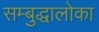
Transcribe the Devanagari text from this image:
सम्बुद्धालोका